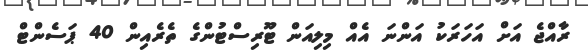
ރާއްޖެ އަށް އަހަރަކު އަންނަ އެއް މިލިއަން ޓޫރިސްޓުންގެ ތެރެއިން 40 ޕަސެންޓް